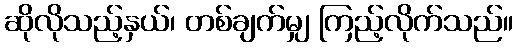
ဆိုလိုသည့်နှယ်၊ တစ်ချက်မျှ ကြည့်လိုက်သည်။